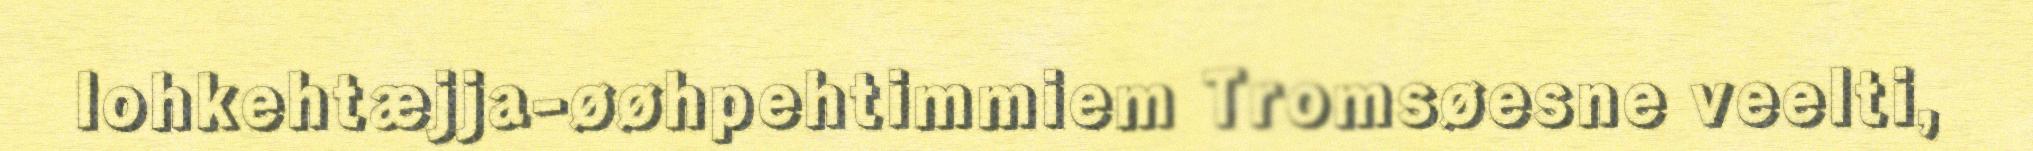
lohkehtæjja-øøhpehtimmiem Tromsøesne veelti,